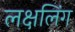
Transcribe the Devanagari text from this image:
लक्षलिंग